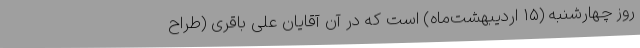
روز چهارشنبه (۱۵ اردیبهشت‌ماه) است که در آن آقایان علی باقری (طراح